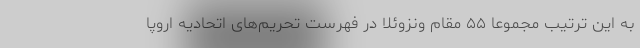
به این ترتیب مجموعا ۵۵ مقام ونزوئلا در فهرست تحریم‌های اتحادیه اروپا